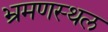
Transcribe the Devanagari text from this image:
भ्रमणस्‍थल